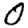
Digit: 0